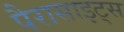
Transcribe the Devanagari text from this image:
पैरासाइट्स